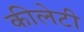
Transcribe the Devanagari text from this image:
कीलेटी